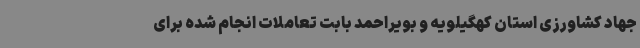
جهاد کشاورزی استان کهگیلویه و بویراحمد بابت تعاملات انجام شده برای